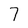
Character: 7